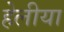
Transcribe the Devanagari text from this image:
हेलीया